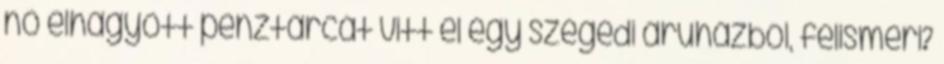
nő elhagyott pénztárcát vitt el egy szegedi áruházból, felismeri?